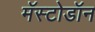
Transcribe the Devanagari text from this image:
मॅस्टोडॉन